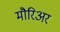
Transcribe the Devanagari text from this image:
मौरिअर